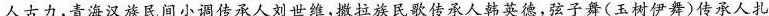
人古力，青海汉族民间小调传承人刘世维，撒拉族民歌传承人韩英德，弦子舞(玉树伊舞)传承人扎